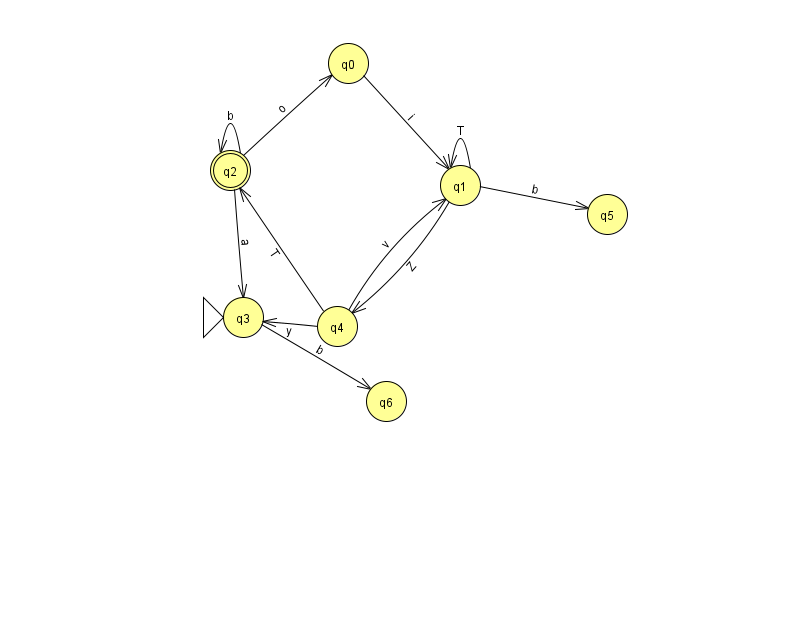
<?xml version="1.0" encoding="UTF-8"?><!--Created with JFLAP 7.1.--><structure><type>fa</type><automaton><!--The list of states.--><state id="0" name="q0"><x>348.0</x><y>50.0</y></state><state id="1" name="q1"><x>460.0</x><y>172.0</y></state><state id="2" name="q2"><x>230.0</x><y>157.0</y><final/></state><state id="3" name="q3"><x>243.0</x><y>304.0</y><initial/></state><state id="4" name="q4"><x>337.0</x><y>313.0</y></state><state id="5" name="q5"><x>607.0</x><y>201.0</y></state><state id="6" name="q6"><x>386.0</x><y>388.0</y></state><!--The list of transitions.--><transition><from>0</from><to>1</to><read>i</read></transition><transition><from>2</from><to>3</to><read>a</read></transition><transition><from>2</from><to>2</to><read>b</read></transition><transition><from>1</from><to>1</to><read>T</read></transition><transition><from>4</from><to>1</to><read>v</read></transition><transition><from>4</from><to>3</to><read>y</read></transition><transition><from>1</from><to>5</to><read>b</read></transition><transition><from>3</from><to>6</to><read>b</read></transition><transition><from>1</from><to>4</to><read>Z</read></transition><transition><from>2</from><to>0</to><read>o</read></transition><transition><from>4</from><to>2</to><read>T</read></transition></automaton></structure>